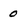
Character: 0